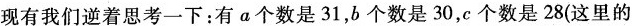
现有我们逆着思考一下：有a个数是31，b个数是30，c个数是28(这里的